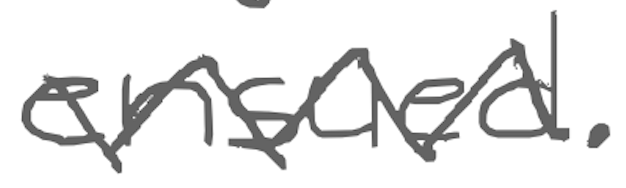
Text: ensued.
Cross-out: zig-zag
Writing tool: digital_gray